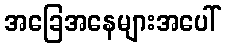
အခြေအနေများအပေါ်